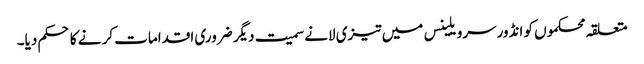
متعلقہ محکموں کو انڈورسرویلینس میں تیزی لانے سمیت دیگر ضروری اقدامات کر نے کا حکم دیا۔